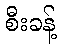
စီးခန့်